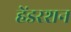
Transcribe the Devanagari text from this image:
हेंडरशन